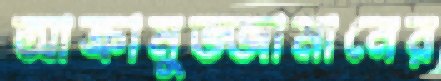
আক্রামুজ্জামানের